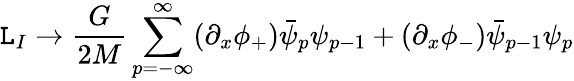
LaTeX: {\cal\mathtt{L}}_{I}\rightarrow\frac{{G}}{{2M}}\sum_{p=-\infty}^{\infty}(\partial_{x}\phi_{+})\bar{{\psi}}_{p}\psi_{p-1}+(\partial_{x}\phi_{-})\bar{{\psi}}_{p-1}\psi_{p}